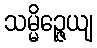
သမ္မိဉ္ဇေယျ